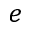
e